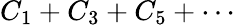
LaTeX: C_{1}+C_{3}+C_{5}+\cdots